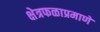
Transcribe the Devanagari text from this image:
क्षेत्रफळाप्रमाणे